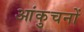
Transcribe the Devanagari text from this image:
आंकुचनों